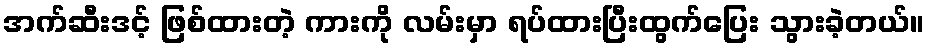
အက်ဆီးဒင့် ဖြစ်ထားတဲ့ ကားကို လမ်းမှာ ရပ်ထားပြီးထွက်ပြေး သွားခဲ့တယ်။